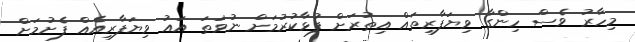
މިހާރު ވެސް ހިންގާ ވިޔަފާރިތައް އިތުރަށް ފުޅާކުރުމަށް ނުވަތަ އައު ވިޔަފާރިއެއް ފެށުމަށް